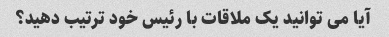
آیا می توانید یک ملاقات با رئیس خود ترتیب دهید؟